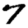
Digit: 7